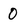
Character: 0